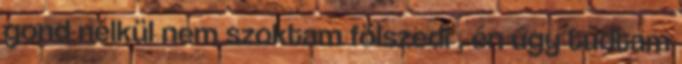
gond nélkül nem szoktam fölszedi , én úgy tudtam